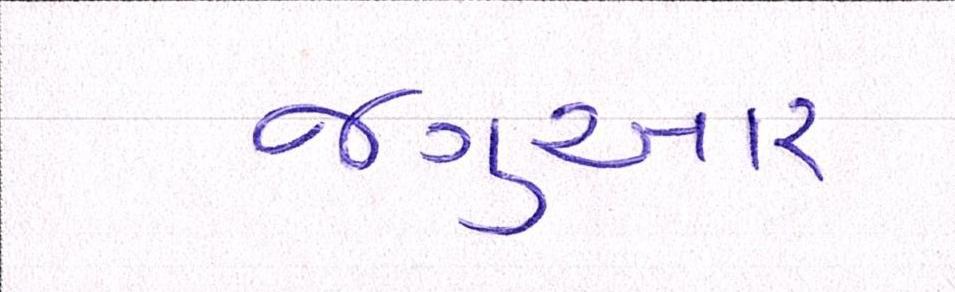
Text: જગુઆર